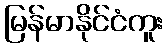
မြန်မာနိုင်ငံကူး